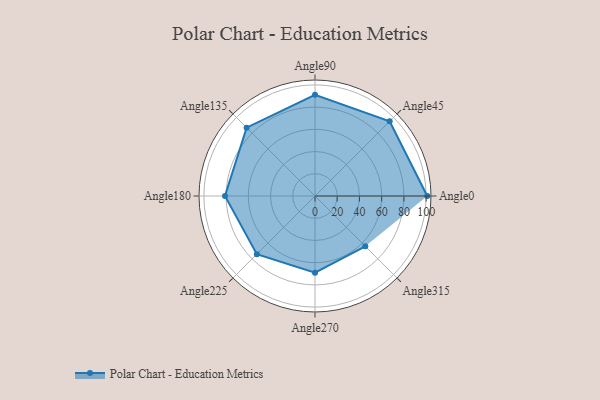
{"axis": {"x": "Angle", "y": "Radius"}, "legend": [""], "data": [{"x": "Angle0", "y": 101.0, "type": ""}, {"x": "Angle45", "y": 95.0, "type": ""}, {"x": "Angle90", "y": 91.0, "type": ""}, {"x": "Angle135", "y": 87.0, "type": ""}, {"x": "Angle180", "y": 81.0, "type": ""}, {"x": "Angle225", "y": 74.0, "type": ""}, {"x": "Angle270", "y": 69.0, "type": ""}, {"x": "Angle315", "y": 64.0, "type": ""}]}